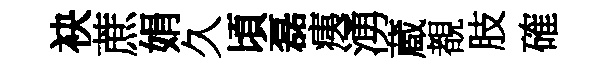
袂蔗娟久頃磊痍湧蔵覩肢確